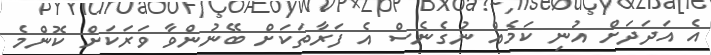
އެ އަދަދަށް އުނި ކަމެއް ނުގެނެސް އެ ފަރާތަކަށް ބޭނުންވާ ވަރަކަށް ކޮންމެ